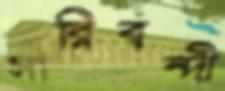
সারিবন্দী